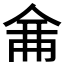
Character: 𠉙